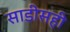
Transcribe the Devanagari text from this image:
साडीसही